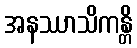
အနဿာသိကန္တိ